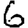
Digit: 6